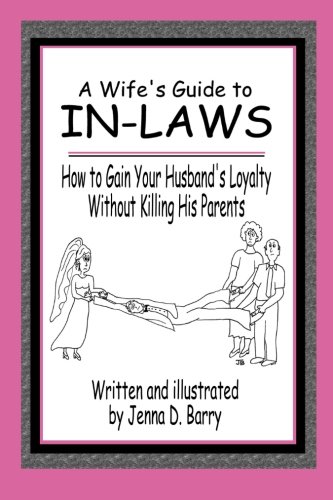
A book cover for A Wife's Guide to In-laws: How to Gain Your Husband's Loyalty Without Killing His Parents; Jenna D. Barry; Humor & Entertainment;